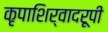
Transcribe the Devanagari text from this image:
कृपाशिर्वादरूपी